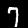
Digit: 7